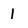
Character: 1